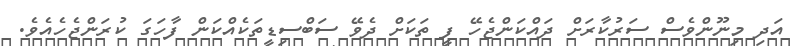
އަދި މިނޫންވެސް ސަރުކާރަށް ދައްކަންޖެހޭ ފީ ތަކަށް ދެވޭ ސަބްސިޑީތަކެއްކަން ފާހަގަ ކުރަންޖެހެއެވެ.